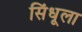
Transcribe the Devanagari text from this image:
सिंधूला